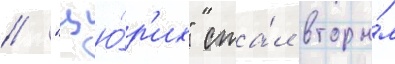
// "цю́р'их" ста́л вторы́м